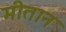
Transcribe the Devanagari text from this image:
मीतान